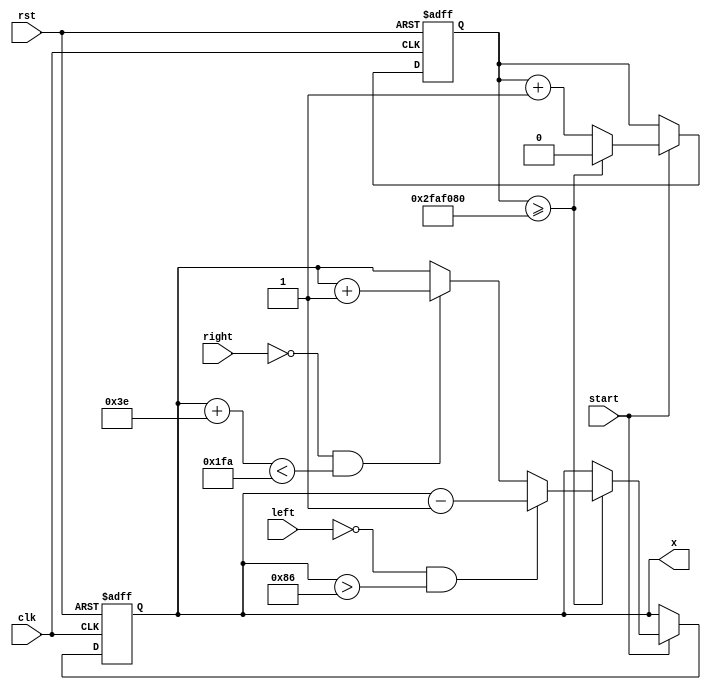
module paddle (
	input clk,
	input rst,
	input left,
	input right,
	input start,
	output reg [8:0] x
);

reg delay;

parameter delay_done = 50000000;

always @(posedge clk or negedge rst)
begin
	if (rst == 1'b0)
	begin
		x <= 290;
		delay <= 0;
	end
	else if (start == 1'b1)
	begin
		if (delay >= delay_done)
		begin
			delay <= 0;
			// Paddle movement logic
			if (left == 1'b0 && x > 134)
				 x <= x - 1;
			else if (right == 1'b0 && x + 62 < 506)
				 x <= x + 1;
		end
		else
			delay <= delay + 1;
	end
end
endmodule